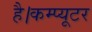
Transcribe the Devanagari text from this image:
है।कम्प्यूटर